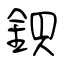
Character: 鋇